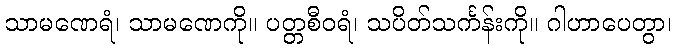
သာမဏေရံ၊ သာမဏေကို။ ပတ္တစီဝရံ၊ သပိတ်သင်္ကန်းကို။ ဂါဟာပေတွာ၊